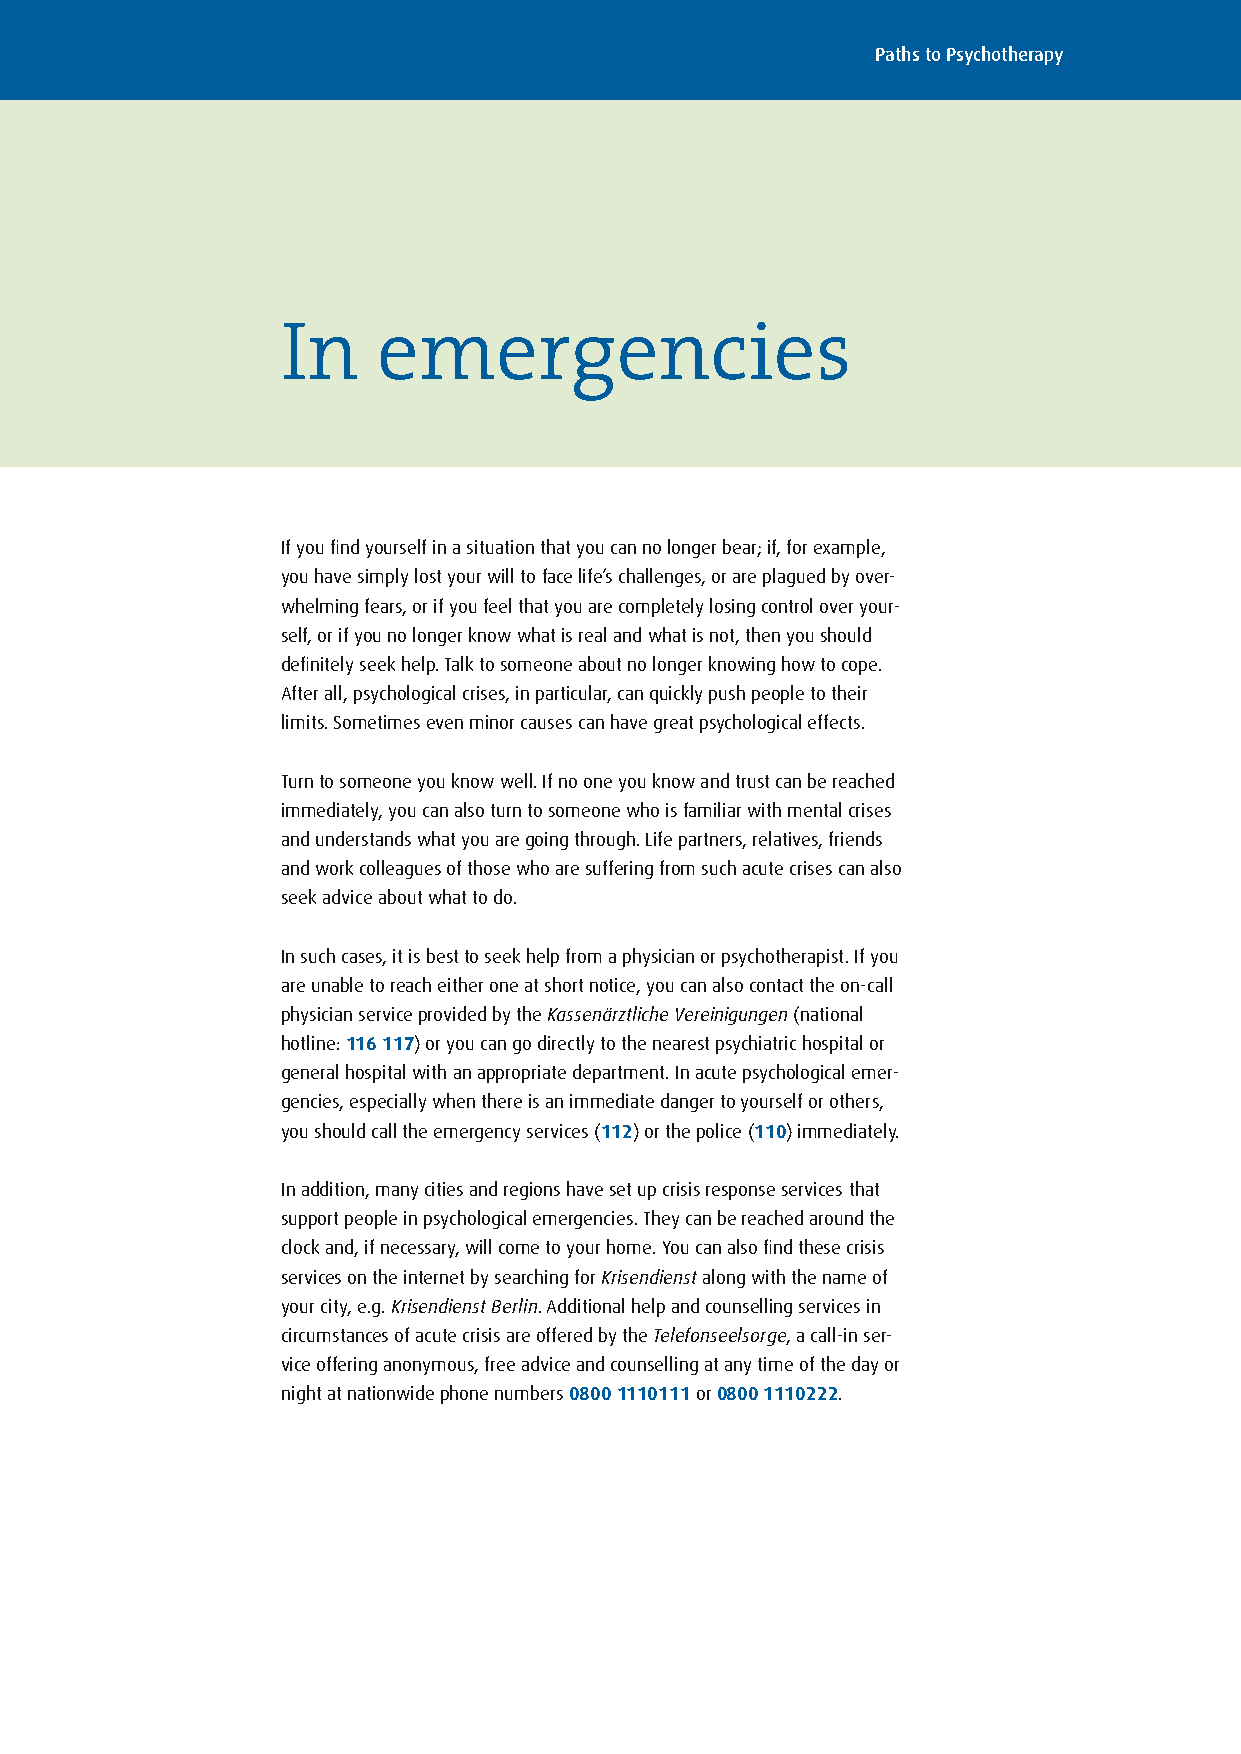
Paths to Psychotherapy
 In    emergencies
 If you find yourself in a situation that you can no longer bear; if, for example,
 you have simply lost your will to face life’s challenges, or are plagued by over-
 whelming fears, or if you feel that you are completely losing control over your-
 self, or if you no longer know what is real and what is not, then you should
 definitely seek help . Talk to someone about no longer knowing how to cope .
 After all, psychological crises, in particular, can quickly push people to their
 limits . Sometimes even minor causes can have great psychological effects .
 Turn to someone you know well . If no one you know and trust can be reached
 immediately, you can also turn to someone who is familiar with mental crises
 and understands what you are going through . Life partners, relatives, friends
 and work colleagues of those who are suffering from such acute crises can also
 seek advice about what to do .
 In such cases, it is best to seek help from a physician or psychotherapist . If you
 are unable to reach either one at short notice, you can also contact the on-call
 physician service provided by the Kassenärztliche Vereinigungen (national
 hotline: 116 117) or you can go directly to the nearest psychiatric hospital or
 general hospital with an appropriate department . In acute psychological emer-
 gencies, especially when there is an immediate danger to yourself or others,
 you should call the emergency services (112) or the police (110) immediately .
 In addition, many cities and regions have set up crisis response services that
 support people in psychological emergencies . They can be reached around the
 clock and, if necessary, will come to your home . You can also find these crisis
 services on the internet by searching for Krisendienst along with the name of
 your city, e .g . Krisendienst Berlin . Additional help and counselling services in
 circumstances of acute crisis are offered by the Telefonseelsorge, a call-in ser-
 vice offering anonymous, free advice and counselling at any time of the day or
 night at nationwide phone numbers 0800 1110111 or 0800 1110222 .